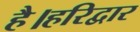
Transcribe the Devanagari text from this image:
है।हरिद्वार